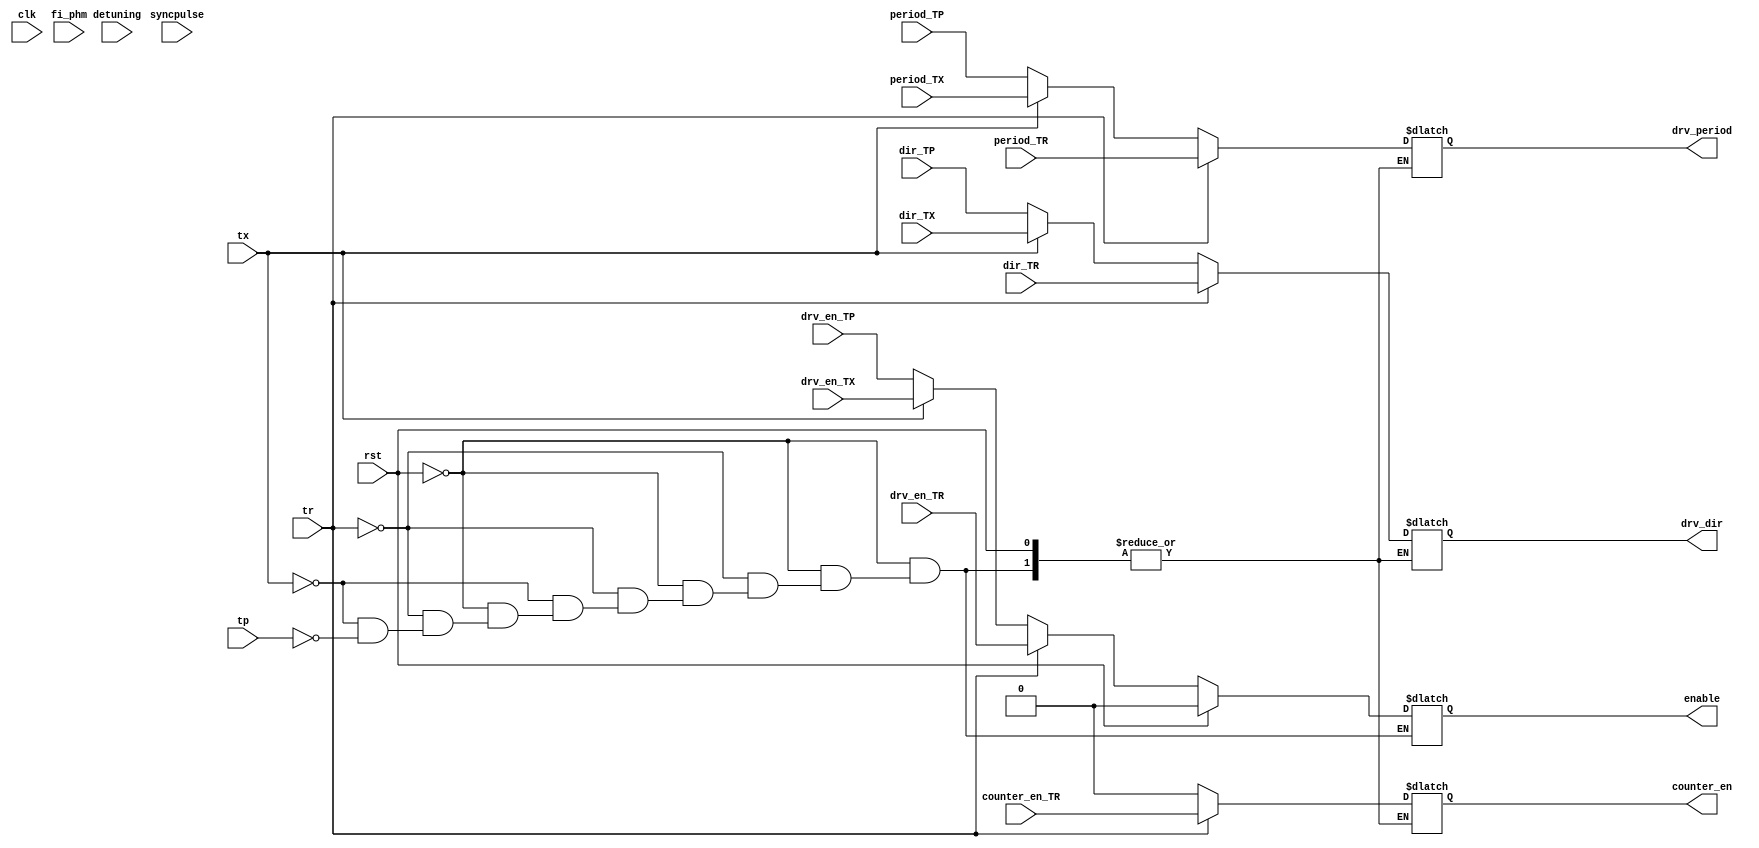
module MUX
#(
    parameter WIDTH_MUX = 16  
)
(
    output reg  [2*WIDTH_MUX-1:0]   drv_period,
    output reg                      drv_dir,
                                    enable,
                                    counter_en,

    input [2*WIDTH_MUX-1:0]         period_TR,
                                    period_TX,
                                    period_TP,
                                    
              
                                    detuning,
                                    fi_phm,

    input                           tr,
                                    tx,
                                    tp,

                                    dir_TR,
                                    dir_TX,
                                    dir_TP, 

                                    drv_en_TR,
                                    drv_en_TX,
                                    drv_en_TP,                                 
                                    counter_en_TR,

                                    //mode_reg,
                                    
                                    syncpulse, 

    input                           clk,
                                    rst
);
    reg                             write_addr_err;

// FIX:     
//            
/*reg [3:0]         State=0,
                  NextState;
localparam
    TR    = 1,
    TX    = 2,
    TP    = 3;

always @(posedge clk)
    begin
      if(rst)
        State <= TR;
      else
        State <= NextState;
    end

always @(*)
    begin
      case (State)
        TR:
        begin
            if(syncpulse)
                NextState = TX;
           
            //else if(fi_phm = detuning)
            //    NextState = TP;
            
            else
                NextState = TR;
        end  
        TX:
          begin
            if (fi_phm == detuning)
              NextState = TP;
            else if(syncpulse)
              NextState = TX;
          end
        TP:
          begin
            if (fi_phm > detuning)
              NextState = TX;
            else
              NextState = TP;
          end
        default:
          NextState = TR;
      endcase
    end    
//-----------------------------------------------------------------------------------------


always @(*)
    begin
      if(rst)
        begin
          enable = 0;
        end
      else
        begin
          case (NextState)
            TR:                                         
              begin
               enable         = drv_en_TR;
               drv_period     = period_TR;
               drv_dir        = dir_TR;
               counter_en     = counter_en_TR;
              end
            TX:
              begin
                enable        = drv_en_TX;
                drv_period    = period_TX;
                drv_dir       = dir_TX;
                counter_en    = 1'b0;
              end
            TP:
              begin
                enable        = drv_en_TP; //   
                drv_period    = period_TP;
                drv_dir       = dir_TP;
                counter_en    = 1'b0;
              end
          endcase
        end
    end
 */   
//-----------------------------------------------------------------------------------------     

always @(*)
    begin
      if(rst)
        begin
          enable = 0;
        end
      else
        begin
            if (tr)
              begin
               enable         = drv_en_TR;
               drv_period     = period_TR;
               drv_dir        = dir_TR;
               counter_en     = counter_en_TR;
              end

            else if (tx)
              begin
                enable        = drv_en_TX;
                drv_period    = period_TX;
                drv_dir       = dir_TX;
                counter_en    = 1'b0;
              end

            else if (tp)
              begin
                enable        = drv_en_TP; //   
                drv_period    = period_TP;
                drv_dir       = dir_TP;
                counter_en    = 1'b0;
              end
        end      
    end          

endmodule